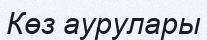
Көз аурулары